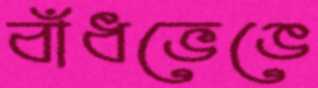
বাঁধভেঙে